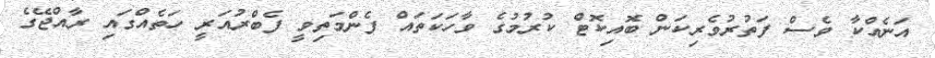
އަނެއްކާ ވެސް ފަތުރުވެރިކަން ބޮއިކޮޓް ކުރުމުގެ ވާހަކަތައް ފެންމަތިވީ ފެބްރުއަރީ ހަތެއްގައި ރާއްޖޭގެ